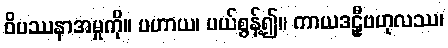
ဝိပဿနာအမှုကို။ ပဟာယ၊ ပယ်စွန့်၍။ ကာယဒဠှီဗဟုလဿ၊